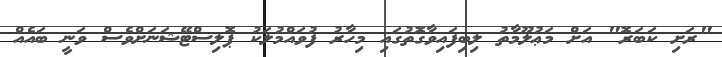
"ރަށި ކަބަރޮ" އަށް މަޢުލޫމާތު ލިބިފައިވާގޮތުގައި މިހާރު ފުވައްމުލަކު ޕޮލިސްޓޭޝަނަށްވެސް ވަނީ ބައެއް